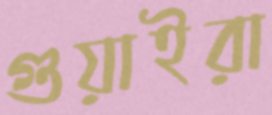
গুয়াইরা